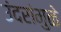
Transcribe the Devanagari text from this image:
उंदरांमुळे